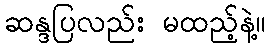
ဆန္ဒပြလည်း မထည့်နဲ့။